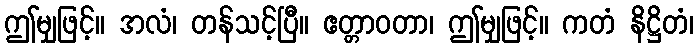
ဤမျှဖြင့်။ အလံ၊ တန်သင့်ပြီ။ ဧတ္တာဝတာ၊ ဤမျှဖြင့်။ ကတံ နိဋ္ဌိတံ၊